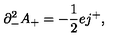
{ \partial } _ { - } ^ { 2 } A _ { + } = - \frac { 1 } { 2 } e j ^ { + } ,